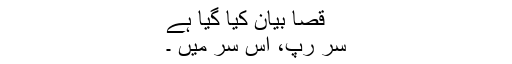
قصا بیان کیا گیا ہے
سر رپ، اس سر میں ۔